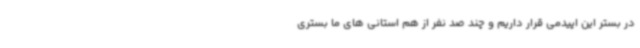
در بستر این اپیدمی قرار داریم و چند صد نفر از هم استانی های ما بستری